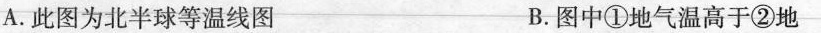
A.此图为北半球等温线图 B.图中①地气温高于②地